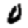
Digit: 0